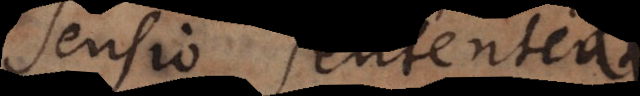
sensio, sententia